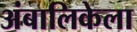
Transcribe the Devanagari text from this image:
अंबालिकेला